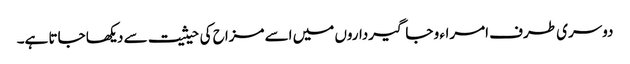
دوسری طرف امراء و جاگیرداروں میں اسے مزاح کی حیثیت سے دیکھا جاتا ہے۔